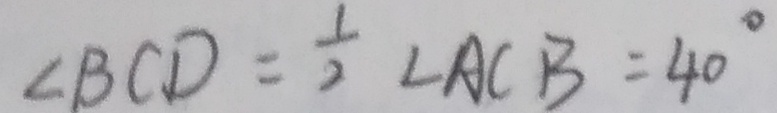
\angle B C D = \frac { 1 } { 2 } \angle A C B = 4 0 ^ { \circ }